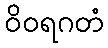
ဝိဝရဂတံ